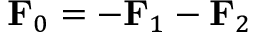
\mathbf { F } _ { 0 } = - \mathbf { F } _ { 1 } - \mathbf { F } _ { 2 }